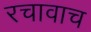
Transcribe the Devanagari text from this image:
रचावाच